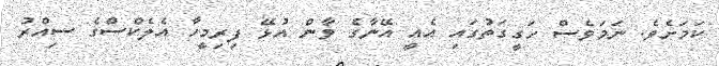
ކަމަށެވެ. ނަމަވެސް ހަގީގަތުގައި އެއީ އޭނާގެ ވާން އުޅޭ ފިރިމީހާ އެލެކްސްގެ ސިއްރު